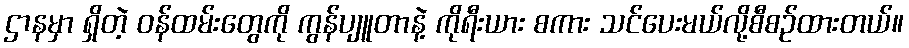
ဌာနမှာ ရှိတဲ့ ဝန်ထမ်းတွေကို ကွန်ပျူတာနဲ့ ကိုရီးယား စကား သင်ပေးမယ်လို့စီစဉ်ထားတယ်။